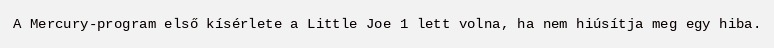
A Mercury-program első kísérlete a Little Joe 1 lett volna, ha nem hiúsítja meg egy hiba.